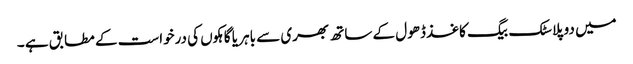
میں دو پلاسٹک بیگ کاغذ ڈھول کے ساتھ بھری سے باہر یا گاہکوں کی درخواست کے مطابق ہے ۔